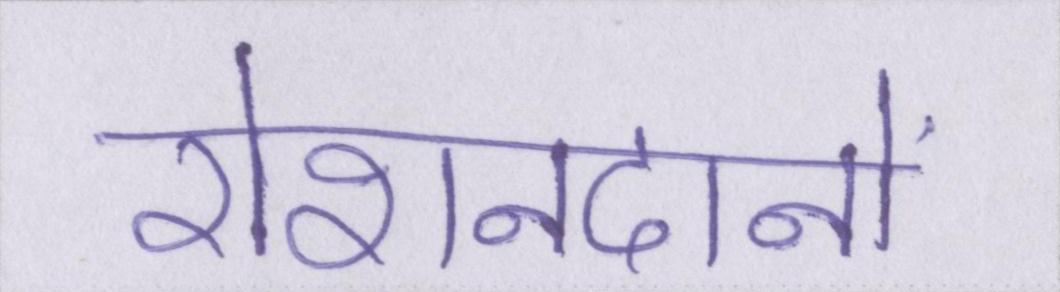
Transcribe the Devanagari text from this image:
रोशनदानों